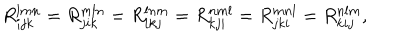
LaTeX: R _ { i j k } ^ { l m n } = R _ { j i k } ^ { m l n } = R _ { i k j } ^ { l n m } = R _ { k j i } ^ { n m l } = R _ { j k i } ^ { m n l } = R _ { k i j } ^ { n l m } ,